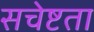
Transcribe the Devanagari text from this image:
सचेष्टता